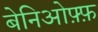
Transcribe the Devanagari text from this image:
बेनिओफ़्फ़